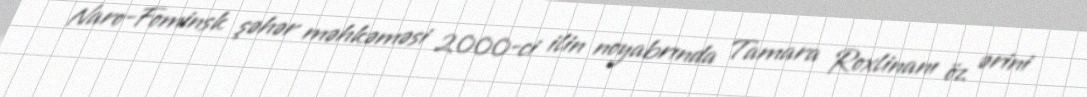
Naro-Fominsk şəhər məhkəməsi 2000-ci ilin noyabrında Tamara Roxlinanı öz ərini